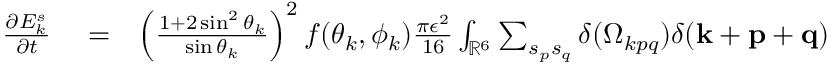
\begin{array} { r l r } { \frac { \partial E _ { k } ^ { s } } { \partial t } } & { { } = } & { \left( \frac { 1 + 2 \sin ^ { 2 } \theta _ { k } } { \sin \theta _ { k } } \right) ^ { 2 } f ( \theta _ { k } , \phi _ { k } ) \frac { \pi \epsilon ^ { 2 } } { 1 6 } \int _ { { \mathbb { R } } ^ { 6 } } \sum _ { s _ { p } s _ { q } } \delta ( \Omega _ { k p q } ) \delta ( { \bf k } + { \bf p } + { \bf q } ) \quad \quad } \end{array}